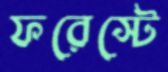
ফরেস্টে